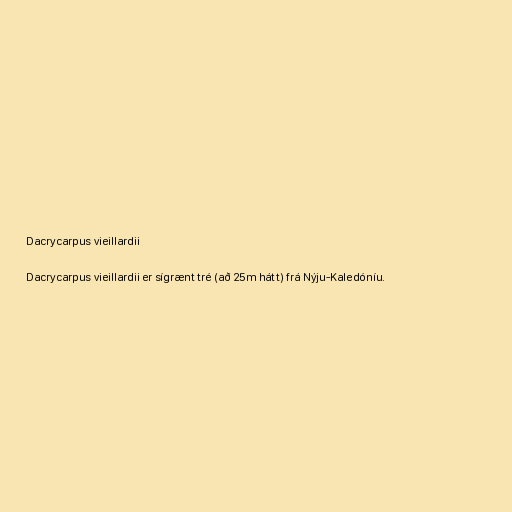
Dacrycarpus vieillardii

Dacrycarpus vieillardii er sígrænt tré (að 25m hátt) frá Nýju-Kaledóníu.